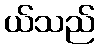
ယ်သည်